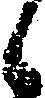
候